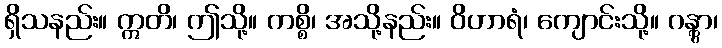
ရှိသနည်း။ ဣတိ၊ ဤသို့။ ကစ္စိ၊ အသို့နည်း။ ဝိဟာရံ၊ ကျောင်းသို့။ ဂန္တွာ၊